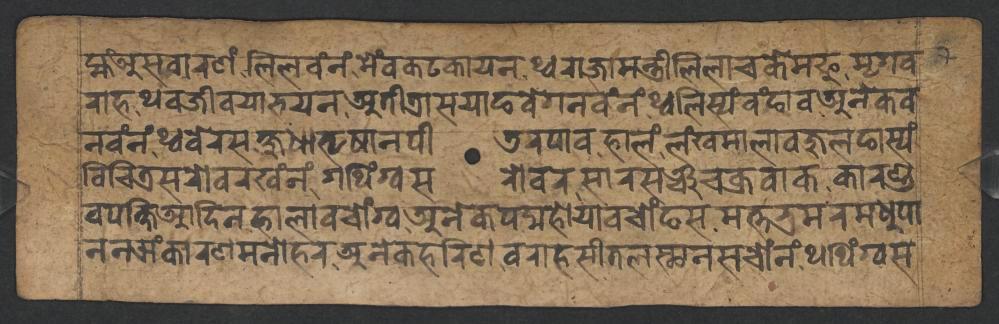
𑐩𑑂𑐴𑑄𑐀𑐳𑐰𑐵𑐬𑐞𑑄𑐮𑐶𑐮𑐰𑑄𑐣𑑄𑐩𑐾𑑄𑐰𑐎𑐚𑐎𑐵𑐫𑐣𑐠𑑂𑐰𑐬𑐵𑐖𑐵𑐩𑐣𑑂𑐟𑑂𑐬𑐷𑐮𑐶𑐮𑐵𑐔𑐎𑐾𑐩𑐦𑐸𑐩𑐺𑐐𑐰 𑐬𑐵𑐴𑐠𑐰𑐖𑐷𑐰𑐫𑐵𑐨𑐫𑐣𑐀𑐟𑐷𑐟𑑂𑐬𑐵𑐳𑐫𑐵𑐒𑐰𑐾𑐐𑐣𑐰𑑄𑐣𑑄𑐠𑑂𑐰𑐮𑐶𑐳𑑂𑐫𑑄𑐰𑑄𑐒𑐵𑐰𑐀𑐣𑐾𑐎𑐰 𑐰𑐶𑐔𑐶𑐟𑑂𑐬𑐳𑐬𑑀𑐰𑐬𑐏𑑄𑐣𑑄𑐐𑐠𑐶𑑄𑐐𑑂𑐰𑐳𑐬𑑀𑐰𑐬𑐳𑐵𑐬𑐳𑐘𑑂𑐔𑐀𑐎𑑂𑐬𑐰𑐵𑐎𑐳𑑂𑐎𑐵𑐬𑐞𑑂𑐜 𑐣𑐰𑑄𑐣𑑄𑐠𑑂𑐰𑐧𑐾𑐬𑐳𑐎𑑂𑐲𑐸𑐢𑐵𑐨𑐺𑐲𑐵𑐣𑐥𑐷𑐜𑐬𑐥𑐵𑐰𑐴𑐵𑐮𑑄𑐮𑑄𑐏𑐩𑐵𑐮𑐵𑐰𑐖𑐸𑐮𑐒𑐵𑐳𑑂𑐫𑑄 𑐣𑐣𑐗𑑄𑐎𑐵𑐬𑐞𑐩𑐣𑑀𑐴𑐬𑐀𑐣𑐾𑐎𑐴𑐬𑐶𑐞𑐰𑐬𑐵𑐴𑐳𑐷𑐟𑐮𑐳𑑂𑐠𑐵𑐣𑐳𑐔𑑀𑑄𑐣𑑄𑐠𑐠𑐶𑑄𑐐𑑂𑐰𑐳 𑐰𑐥𑐎𑑂𑐲𑐶𑐁𑐡𑐶𑐣𑐴𑐵𑐮𑐵𑐰𑐔𑑀𑑄𑐐𑑂𑐰𑐀𑐣𑐾𑐎𑐥𑐡𑑂𑐩𑐴𑑀𑐫𑐵𑐰𑐔𑑀𑑄𑐒𑐳𑐩𑐟𑑂𑐟𑐨𑑂𑐬𑐩𑐬𑐩𑐢𑐸𑐥𑐵